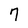
Character: 7